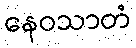
နေဝသာတံ